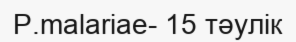
P.malariae- 15 тәулік